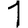
Digit: 1